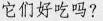
它们好吃吗?